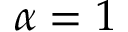
\alpha = 1